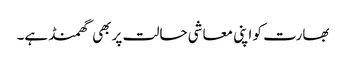
بھارت کو اپنی معاشی حالت پر بھی گھمنڈ ہے۔